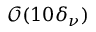
\mathcal O ( 1 0 \delta _ { \nu } )